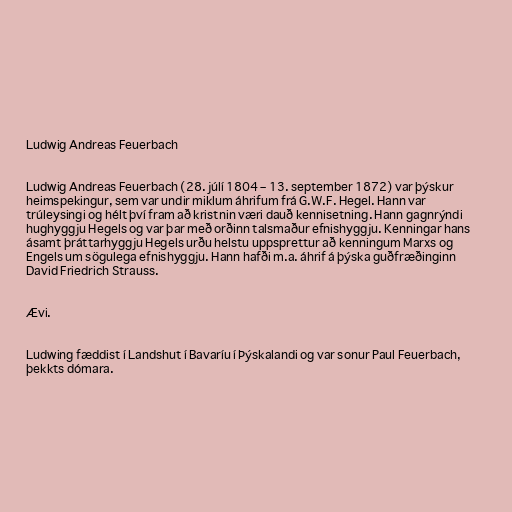
Ludwig Andreas Feuerbach

Ludwig Andreas Feuerbach (28. júlí 1804 – 13. september 1872) var þýskur
heimspekingur, sem var undir miklum áhrifum frá G.W.F. Hegel. Hann var
trúleysingi og hélt því fram að kristnin væri dauð kennisetning. Hann gagnrýndi
hughyggju Hegels og var þar með orðinn talsmaður efnishyggju. Kenningar hans
ásamt þráttarhyggju Hegels urðu helstu uppsprettur að kenningum Marxs og
Engels um sögulega efnishyggju. Hann hafði m.a. áhrif á þýska guðfræðinginn
David Friedrich Strauss.

Ævi.

Ludwing fæddist í Landshut í Bavaríu í Þýskalandi og var sonur Paul Feuerbach,
þekkts dómara.